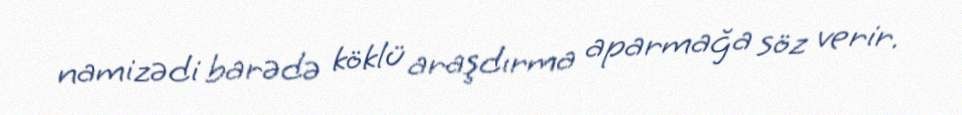
namizədi barədə köklü araşdırma aparmağa söz verir.